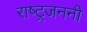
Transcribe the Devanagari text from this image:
राष्ट्रजननी